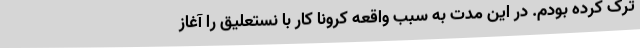
ترک کرده بودم‌. در این مدت به سبب واقعه کرونا کار با نستعلیق را آغاز